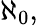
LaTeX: \aleph_{0},